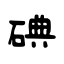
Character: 碘